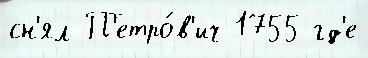
сн'ял П'етро́в'ич 1755 гд'е